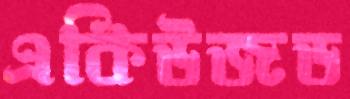
একিউজড